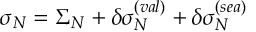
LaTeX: \sigma _ { N } = \Sigma _ { N } + \delta \sigma _ { N } ^ { ( v a l ) } + \delta \sigma _ { N } ^ { ( s e a ) }